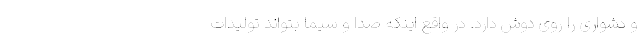
و دشواری را روی دوش دارد. در واقع اینکه صدا و سیما بتواند تولیدات